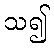
သ၍